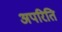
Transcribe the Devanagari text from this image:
अपरिति